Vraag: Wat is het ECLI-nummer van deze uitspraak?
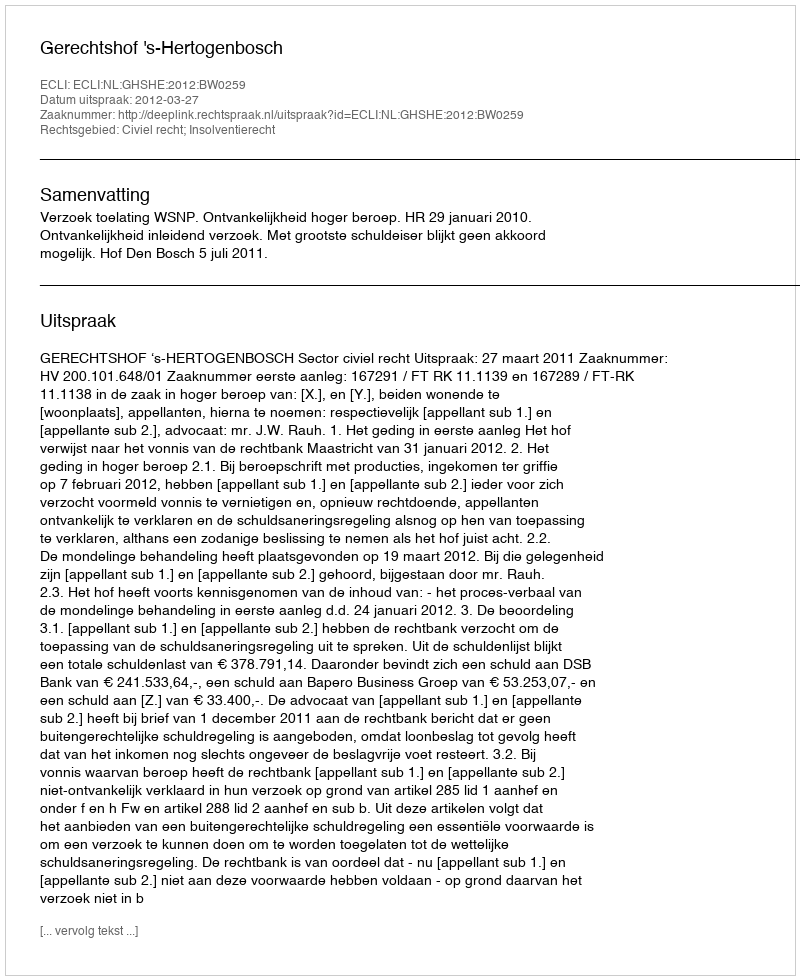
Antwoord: ECLI:NL:GHSHE:2012:BW0259